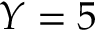
Y = 5